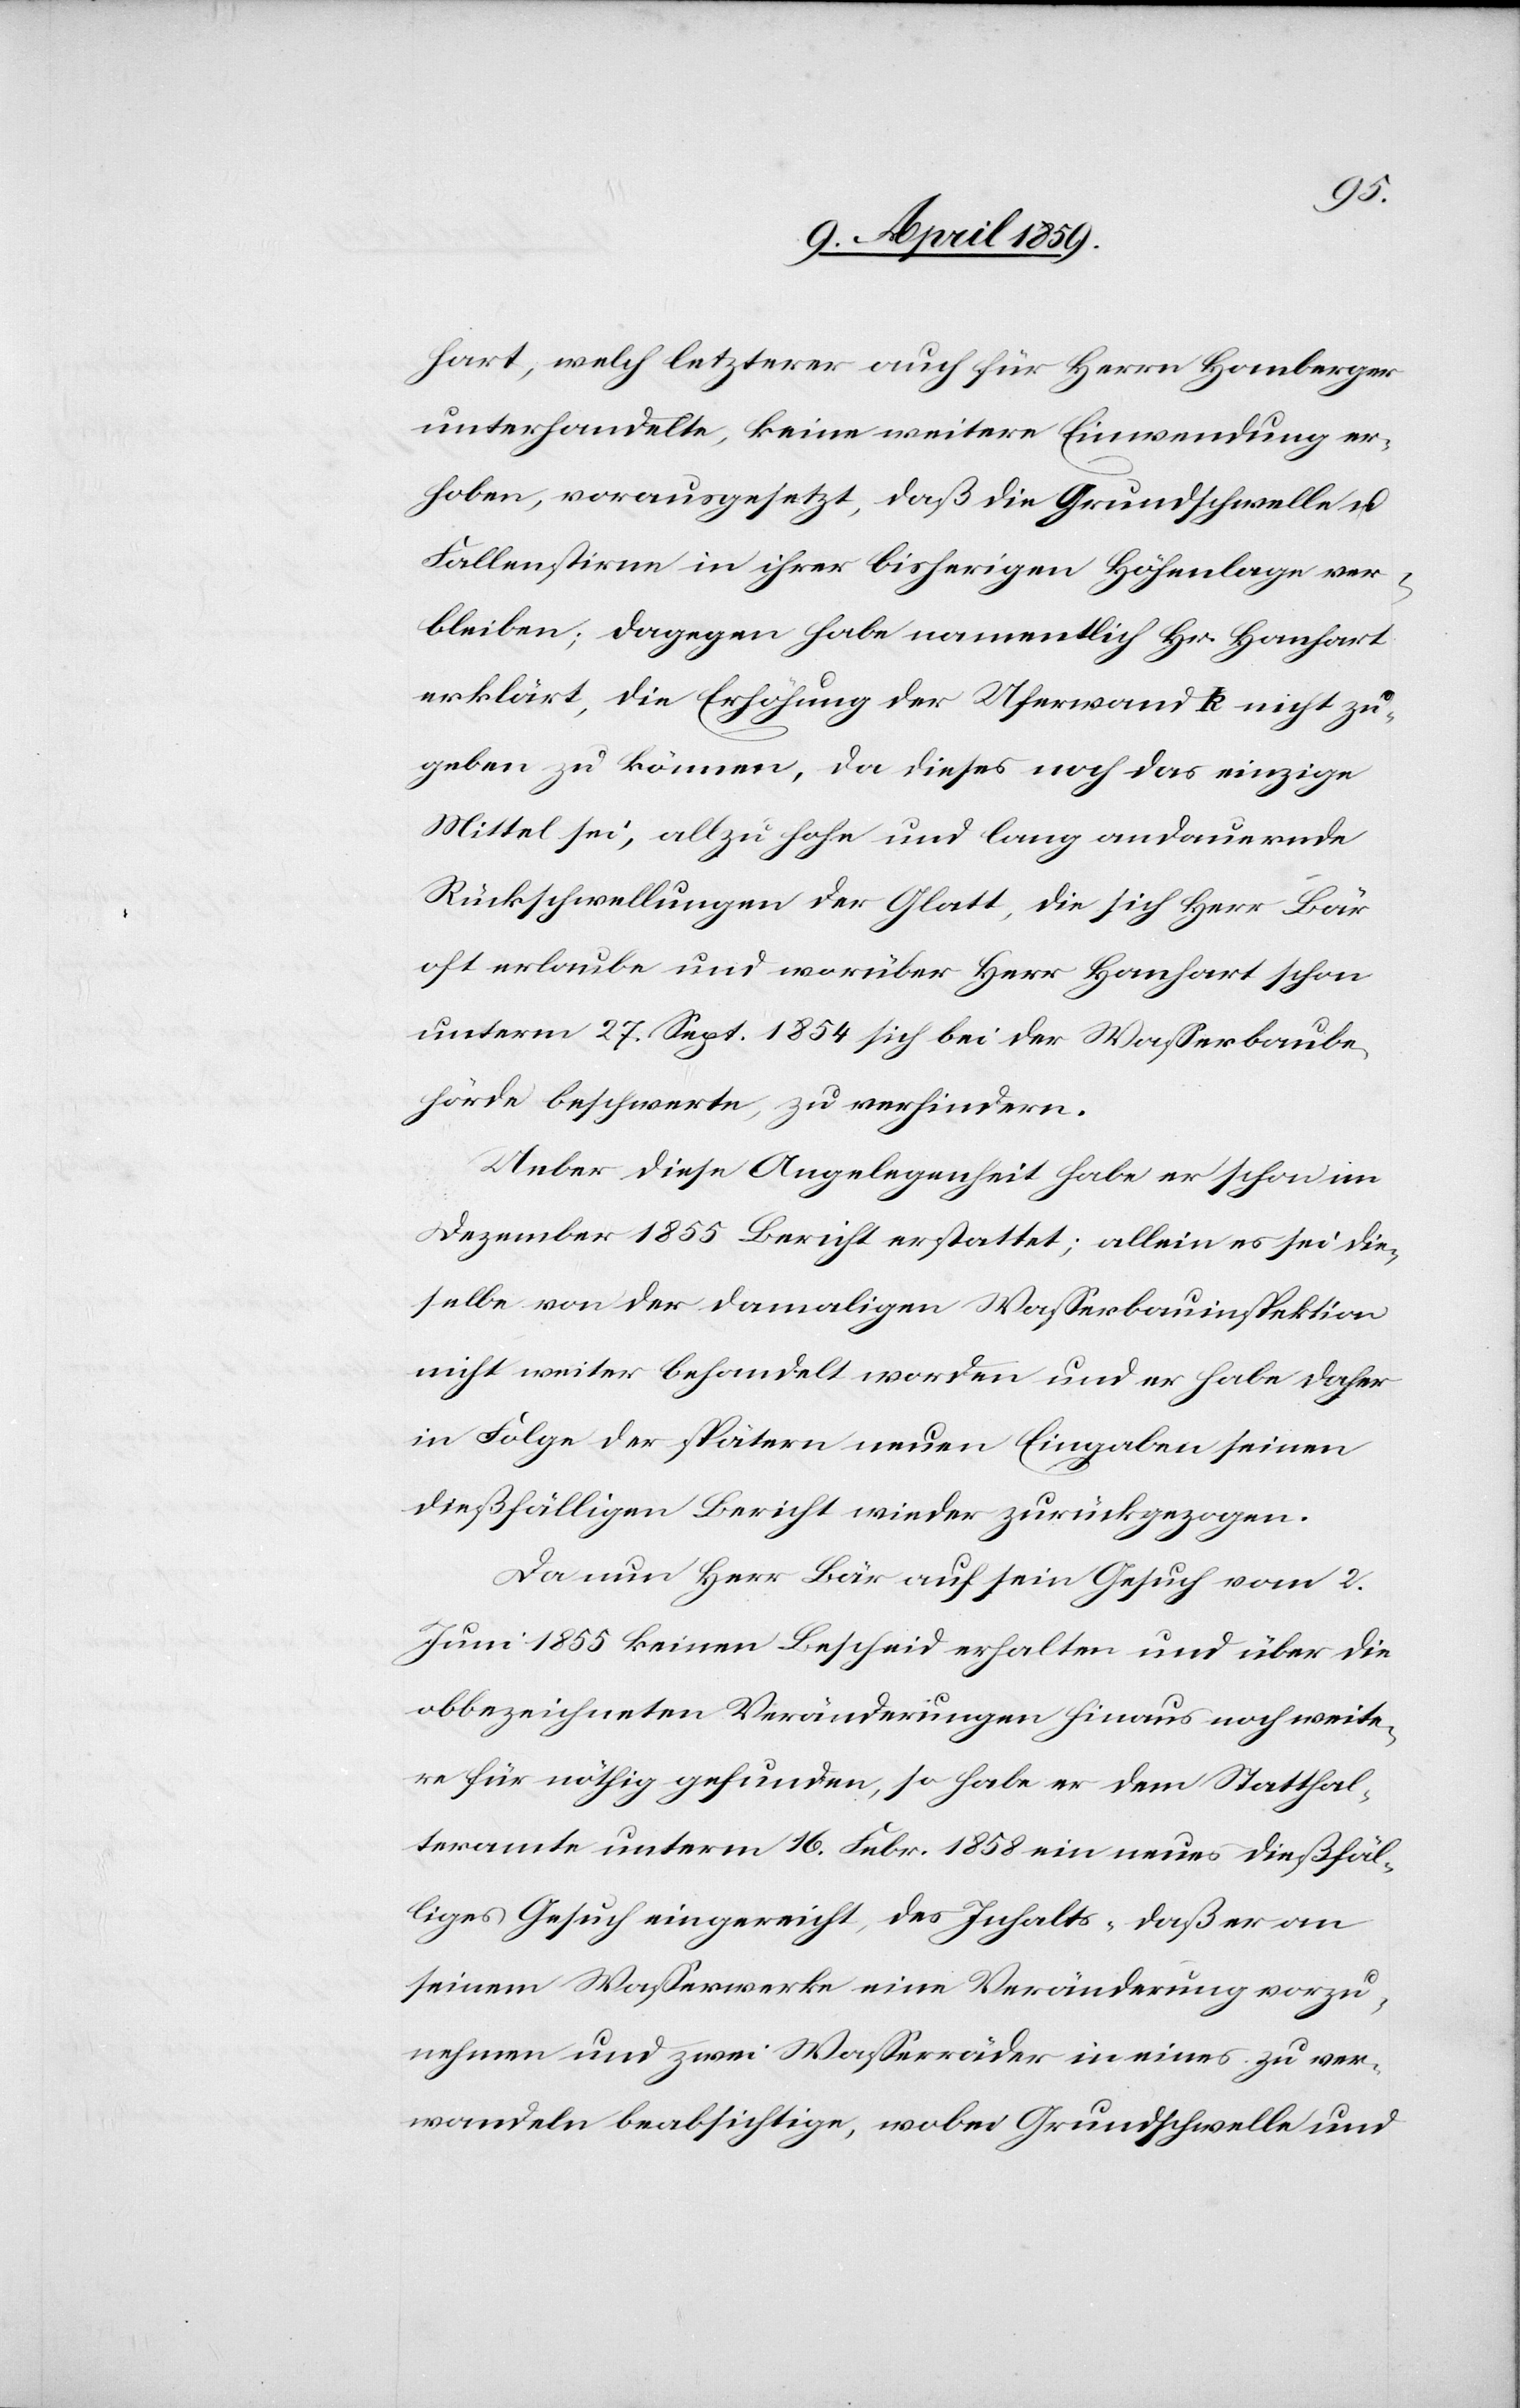
hart, welch letzterer auch für Herrn Homberger
unterhandelte, keine weitere Einwendung er¬
hoben, vorausgesetzt, daß die Grundschwelle u.
Fallenstirne in ihrer bisherigen Höhenlage ver¬
bleiben; dagegen habe namentlich Hr. Hanhart
erklärt, die Erhöhung der Uferwand k nicht zu¬
geben zu können, da dieses noch das einzige
Mittel sei, allzu hohe und lang andauernde
Rückschwellungen der Glatt, die sich Herr Bär
oft erlaube und worüber Herr Hanhart schon
unterm 27. Sept. 1854 sich bei der Waßerbaube¬
hörde beschwerte, zu verhindern.
Ueber diese Angelegenheit habe er schon im
Dezember 1855 Bericht erstattet; allein es sei die¬
selbe von der damaligen Waßerbauinspektion
nicht weiter behandelt worden und er habe daher
in Folge der spätern neuen Eingaben seinen
dießfälligen Bericht wieder zurückgezogen.
Da nun Herr Bär auf sein Gesuch vom 2.
Juni 1855 keinen Bescheid erhalten und über die
obbezeichneten Veränderungen hinaus noch weite¬
re für nöthig gefunden, so habe er dem Statthal¬
teramte unterm 16. Febr. 1858 ein neues dießfäl¬
liges Gesuch eingereicht, des Inhalts „daß er an
seinem Waßerwerke eine Veränderung vorzu¬
nehmen und zwei Waßerräder in eines zu ver¬
wandeln beabsichtige, wobei Grundschwelle und